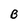
Character: B